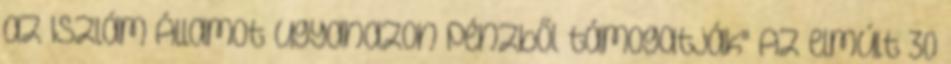
az Iszlám Államot ugyanazon pénzből támogatják" Az elmúlt 30